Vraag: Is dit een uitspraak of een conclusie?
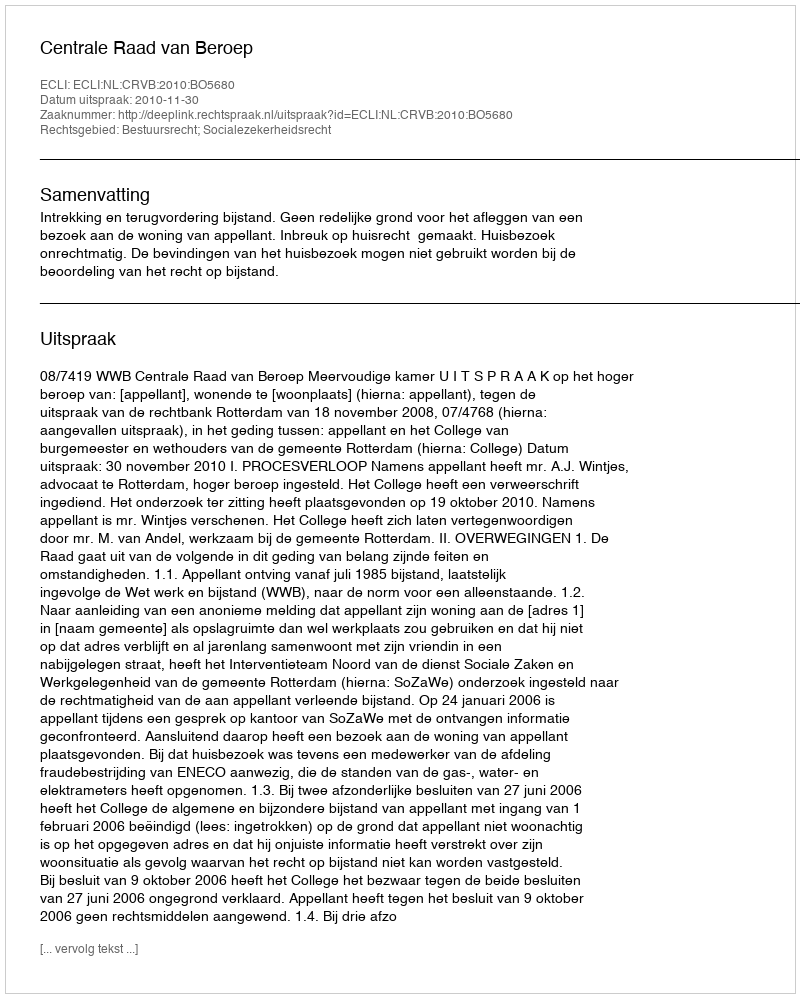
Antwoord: Uitspraak